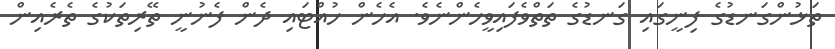
ތަޅުންގަނޑުގެ ފިނީގައި ގަނޑުގެ ތަތްވެފައިވީހެންނެވެ. އެހެން ހުއްޓައި ދެން ފެނުނީ ތޭރިތަކުގެ ތެރެއިން